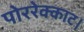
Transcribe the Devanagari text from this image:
पोररेक्काट।